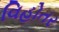
વિહોતર